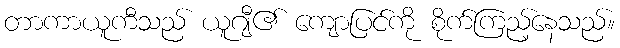
တာကာယူကီသည် ယူဂျီ၏ ကျောပြင်ကို စိုက်ကြည့်နေသည်။